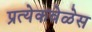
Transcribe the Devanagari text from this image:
प्रत्येकवेळेस